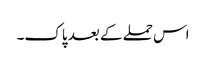
اس حملے کے بعد پاک۔